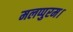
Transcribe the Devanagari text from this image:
मलप्पुरम।